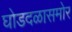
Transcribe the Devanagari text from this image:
घोडदळासमोर